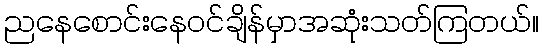
ညနေစောင်းနေဝင်ချိန်မှာအဆုံးသတ်ကြတယ်။